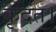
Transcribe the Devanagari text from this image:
कृदंत।